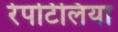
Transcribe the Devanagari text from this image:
रेपटिलिया